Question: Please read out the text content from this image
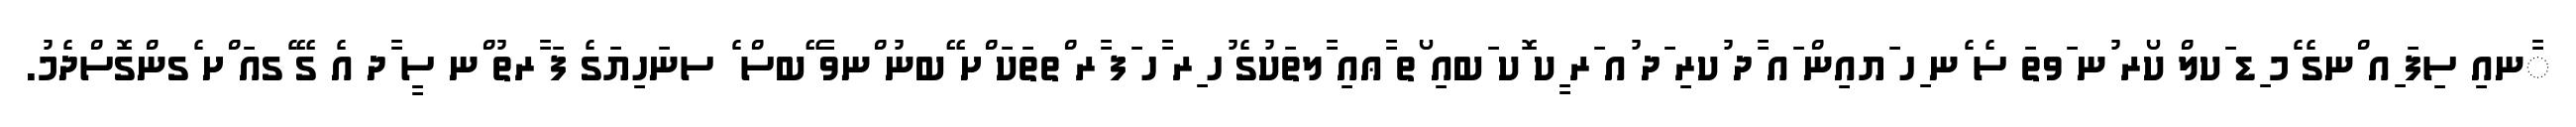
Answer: ާނއި ސިފަ ިއ ްނގެ ެމ ިޑ ަކލް ކޯރ ުނ ަވތަ ސެ ެނ ިހ ަޔއިން ައ ާދ ުކރި ަދ ުއ ަރ ީކ ޮކ ަބއި ޯތ ާޢއި ާލތަކުގެ ުހ ިރ ާހ ަފ ާރ ްތތަކަ ްށ ޭބނު ްނވާ ޭބސް ެ ސނަހިޔަގެ ފަ ާރތު ްނ ސީ ާދ އެ ގޭ ެގއަ ްށ ެގންގޮސްދެމު.